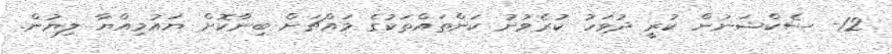
12- ސެކްޝަނުން ކުރީ ދުވަހު ކުރެވުނު ކަންތައްތަކުގެ މައްޗަށް ބިނާކޮށް ޔައުމިއްޔާ ލިޔުން.